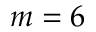
m = 6